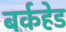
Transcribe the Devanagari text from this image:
बर्कहेड